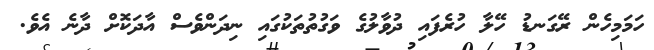
ހަމަމިހެން ރޭގަނޑު ހޭލާ ހުރެފައި ދުވާލުގެ ވަގުތުތަކުގައި ނިދަންވެސް އާދަކޮށް ދާނެ އެވެ.